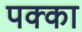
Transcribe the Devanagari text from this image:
पक्‍का